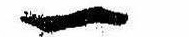
一